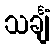
သင်္ချံ